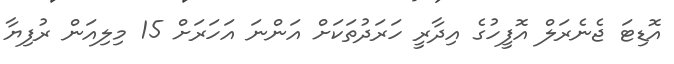
އޮޑިޓަ ޖެނެރަލް އޮފީހުގެ އިދާރީ ހަރަދުތަކަށް އަންނަ އަހަރަށް 15 މިލިއަން ރުފިޔާ